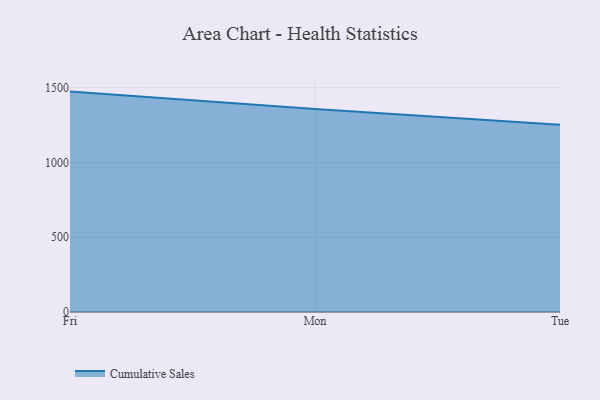
{"axis": {"x": "Day", "y": "Net Income (USD K)"}, "legend": ["Cumulative Sales"], "data": [{"x": "Fri", "y": 1473.4, "type": "Cumulative Sales"}, {"x": "Mon", "y": 1356.6, "type": "Cumulative Sales"}, {"x": "Tue", "y": 1252.4, "type": "Cumulative Sales"}]}